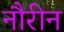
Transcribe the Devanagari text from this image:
नौरीन